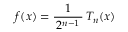
f ( x ) = { \frac { 1 } { \, 2 ^ { n - 1 } \, } } \, T _ { n } ( x )